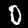
Digit: 0